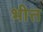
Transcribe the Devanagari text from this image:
भीत्त